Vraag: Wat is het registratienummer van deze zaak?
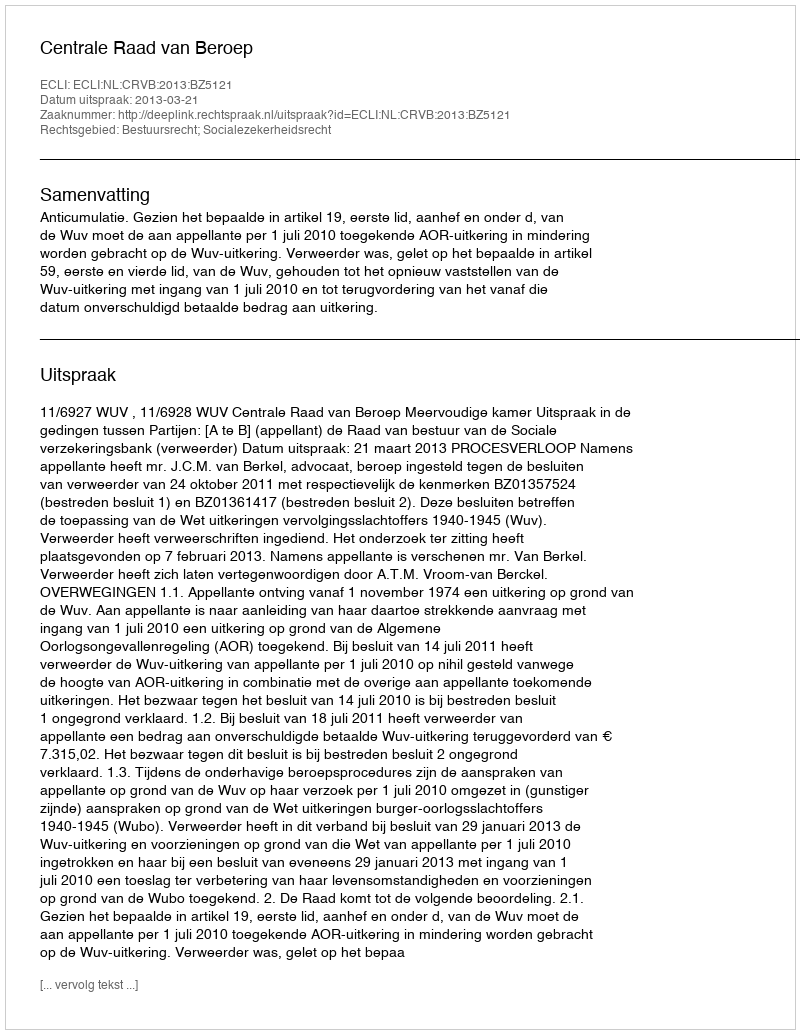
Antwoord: http://deeplink.rechtspraak.nl/uitspraak?id=ECLI:NL:CRVB:2013:BZ5121